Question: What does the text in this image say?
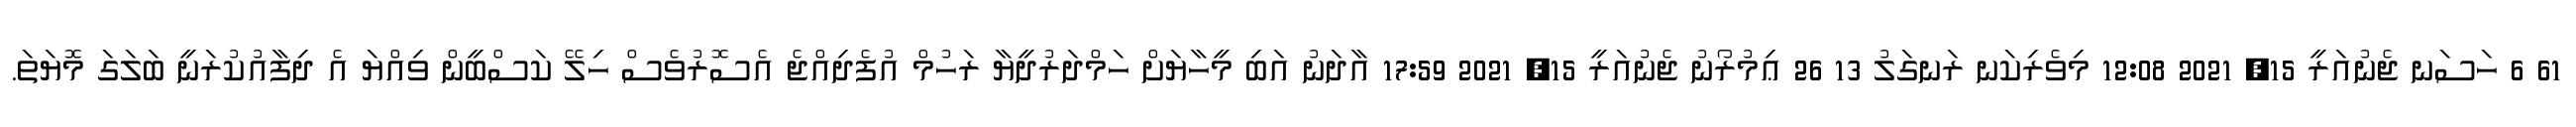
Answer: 61 6 ހަސަނ ޖެނުއަރީ 15, 2021 12:08 މިވެރިކަނ ރަނގަލު 13 26 ޢިމުރޯނު ޖެނުއަރީ 15, 2021 17:59 އާދަނު އަބި މީހާޔަށް ހަމްދަރުދީޔާ ރަހުމް އުފެދިއްޖެ އެސޮރުވެސް ހިލޭ ކަސްބީން ވިއްޔަ އެ ދިފާއުކުރަނީ ބަލަގަ މޮޔަތަ.